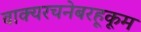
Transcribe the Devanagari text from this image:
वाक्यरचनेबरहूकूम